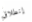
إنطلاق